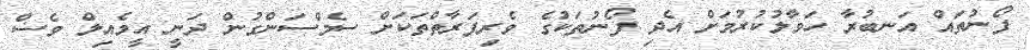
ފޯނުތައް އަނބުރާ ހަވާލުކުރުމަށް އެދި ފޯނުތަކުގެ ވެރިފަރާތްތަކަށް ސެމްސަންގުން ދަނީ އީމެއިލް ވެސް